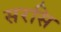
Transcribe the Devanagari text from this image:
सरसि